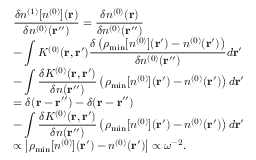
\begin{array} { l } { { \displaystyle \frac { \delta n ^ { ( 1 ) } [ n ^ { ( 0 ) } ] ( { \bf r } ) } { \delta n ^ { ( 0 ) } ( { \bf r ^ { \prime \prime } } ) } = \frac { \delta n ^ { ( 0 ) } ( { \bf r } ) } { \delta n ^ { ( 0 ) } ( { \bf r ^ { \prime \prime } } ) } } \ ~ } \\ { { \displaystyle - \int K ^ { ( 0 ) } ( { \bf r , r ^ { \prime } } ) \frac { \delta \left( \rho _ { \mathrm { m i n } } [ n ^ { ( 0 ) } ] ( { \bf r ^ { \prime } } ) - n ^ { ( 0 ) } ( { \bf r ^ { \prime } } ) \right) } { { \delta n ^ { ( 0 ) } ( { \bf r ^ { \prime \prime } } ) } } d { \bf r ^ { \prime } } } \ ~ } \\ { { \displaystyle - \int \frac { \delta K ^ { ( 0 ) } ( { \bf r , r ^ { \prime } } ) } { \delta n ( { \bf r ^ { \prime \prime } } ) } \left( \rho _ { \mathrm { m i n } } [ n ^ { ( 0 ) } ] ( { \bf r ^ { \prime } } ) - n ^ { ( 0 ) } ( { \bf r ^ { \prime } } ) \right) d { \bf r ^ { \prime } } } \ ~ } \\ { { \displaystyle = \delta ( { \bf r - r ^ { \prime \prime } } ) - \delta ( { \bf r - r ^ { \prime \prime } } ) } \ ~ } \\ { { \displaystyle - \int \frac { \delta K ^ { ( 0 ) } ( { \bf r , r ^ { \prime } } ) } { \delta n ( { \bf r ^ { \prime \prime } } ) } \left( \rho _ { \mathrm { m i n } } [ n ^ { ( 0 ) } ] ( { \bf r ^ { \prime } } ) - n ^ { ( 0 ) } ( { \bf r ^ { \prime } } ) \right) d { \bf r ^ { \prime } } } \ ~ } \\ { { \displaystyle \propto \left\vert \rho _ { \mathrm { m i n } } [ n ^ { ( 0 ) } ] ( { \bf r ^ { \prime } } ) - n ^ { ( 0 ) } ( { \bf r ^ { \prime } } ) \right\vert \propto \omega ^ { - 2 } } . } \end{array}